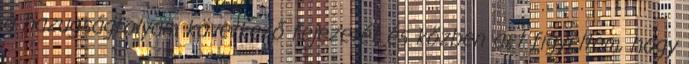
a hazugságfolyam következő fejezetét és közben azt figyeltem, hogy